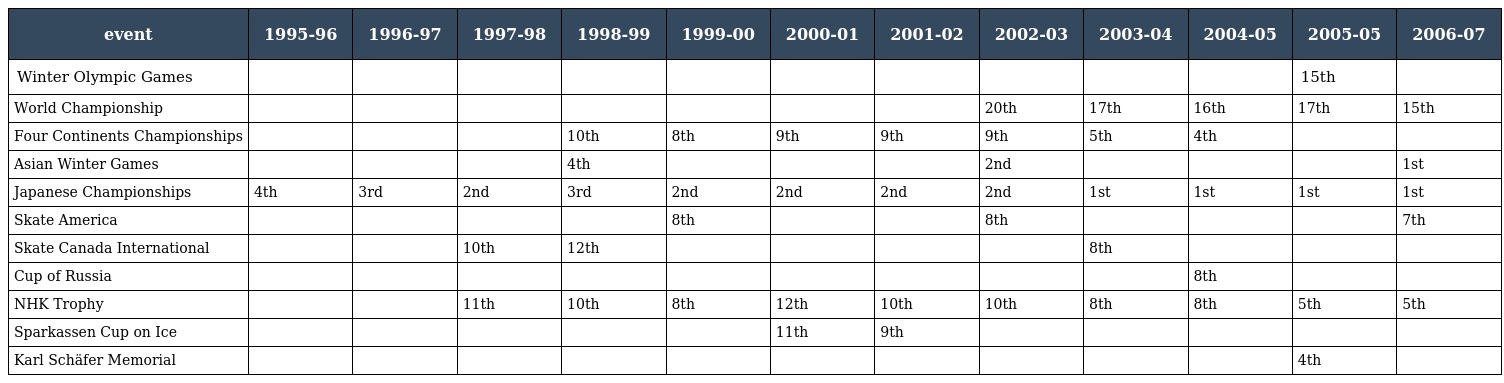
| event | 1995-96 | 1996-97 | 1997-98 | 1998-99 | 1999-00 | 2000-01 | 2001-02 | 2002-03 | 2003-04 | 2004-05 | 2005-05 | 2006-07 |
 | --- | --- | --- | --- | --- | --- | --- | --- | --- | --- | --- | --- | --- |
 | Winter Olympic Games |  |  |  |  |  |  |  |  |  |  | 15th |  |
 | World Championship |  |  |  |  |  |  |  | 20th | 17th | 16th | 17th | 15th |
 | Four Continents Championships |  |  |  | 10th | 8th | 9th | 9th | 9th | 5th | 4th |  |  |
 | Asian Winter Games |  |  |  | 4th |  |  |  | 2nd |  |  |  | 1st |
 | Japanese Championships | 4th | 3rd | 2nd | 3rd | 2nd | 2nd | 2nd | 2nd | 1st | 1st | 1st | 1st |
 | Skate America |  |  |  |  | 8th |  |  | 8th |  |  |  | 7th |
 | Skate Canada International |  |  | 10th | 12th |  |  |  |  | 8th |  |  |  |
 | Cup of Russia |  |  |  |  |  |  |  |  |  | 8th |  |  |
 | NHK Trophy |  |  | 11th | 10th | 8th | 12th | 10th | 10th | 8th | 8th | 5th | 5th |
 | Sparkassen Cup on Ice |  |  |  |  |  | 11th | 9th |  |  |  |  |  |
 | Karl Schäfer Memorial |  |  |  |  |  |  |  |  |  |  | 4th |  |